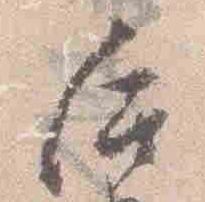
后